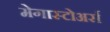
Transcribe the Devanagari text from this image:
मेगास्टोअर्स